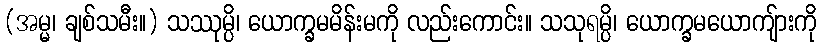
(အမ္မ၊ ချစ်သမီး။) သဿုမ္ပိ၊ ယောက္ခမမိန်းမကို လည်းကောင်း။ သသုရမ္ပိ၊ ယောက္ခမယောကျ်ားကို